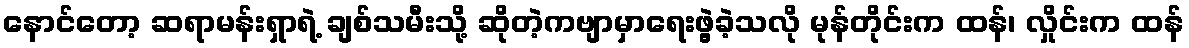
နောင်တော့ ဆရာမန်းရှာရဲ့ ချစ်သမီးသို့ ဆိုတဲ့ကဗျာမှာရေးဖွဲ့ခဲ့သလို မုန်တိုင်းက ထန်၊ လှိုင်းက ထန်